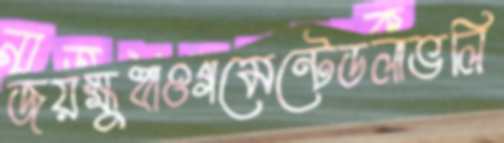
জয়ক্ষুধাওগমেন্টেডলাভলি